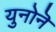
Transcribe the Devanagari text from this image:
युनोनॆ